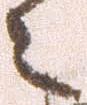
々